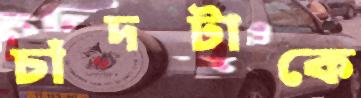
চাঁদটাকে